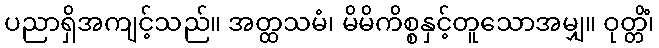
ပညာရှိအကျင့်သည်။ အတ္ထသမံ၊ မိမိကိစ္စနှင့်တူသောအမျှ။ ဝုတ္တိံ၊